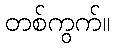
တစ်ကွက်။